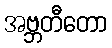
အဗ္ဘတီတော